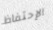
الإحتفاظ